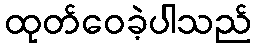
ထုတ်ဝေခဲ့ပါသည်